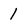
Character: 1